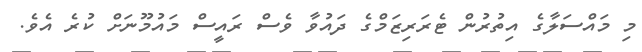
މި މައްސަލާގެ އިތުރުން ޓެރަރިޒަމްގެ ދައުވާ ވެސް ރައީސް މައުމޫނަށް ކުރެ އެވެ.